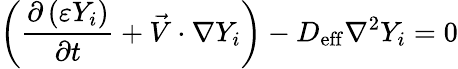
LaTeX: \left(\frac{\partial\left(\varepsilon Y_{i}\right)}{\partial t}+\vec{V}\cdot\nabla Y_{i}\right)-D_{\mathrm{{eff}}}\nabla^{2}Y_{i}=0